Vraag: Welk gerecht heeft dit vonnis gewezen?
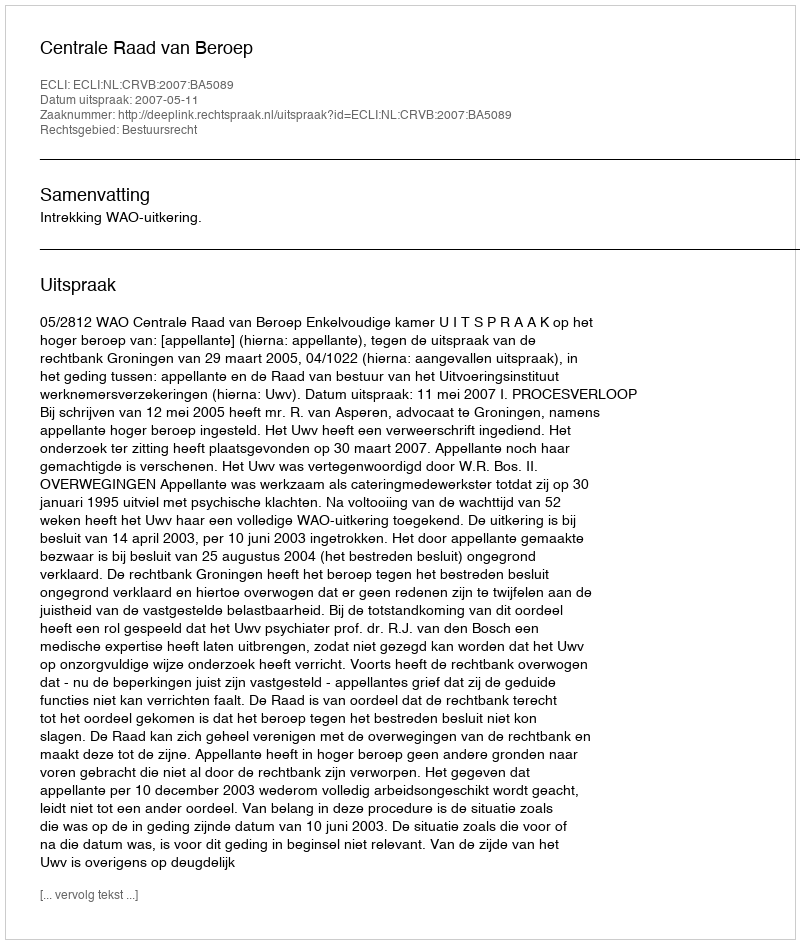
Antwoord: Centrale Raad van Beroep